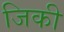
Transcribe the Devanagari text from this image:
जिकी